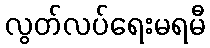
လွတ်လပ်ရေးမရမီ